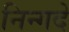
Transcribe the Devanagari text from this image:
निन्गदे